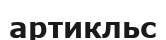
артикльс